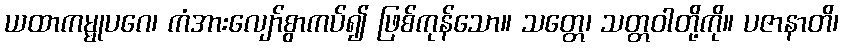
ယထာကမ္မုပဂေ၊ ကံအားလျော်စွာကပ်၍ ဖြစ်ကုန်သော။ သတ္တေ၊ သတ္တဝါတို့ကို။ ပဇာနာတိ၊